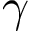
{ \boldsymbol \gamma }